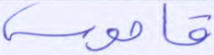
قاموس